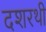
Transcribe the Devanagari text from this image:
दशरथी